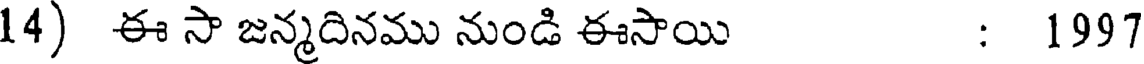
14) ఈ సా జన్మదినము నుండి ఈసాయి : 1997